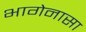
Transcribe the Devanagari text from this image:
भागेनासा